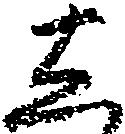
し